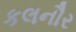
કલનૌર